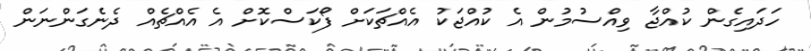
ހަދައިގެން ކުއްޖާ ވިއްސުމުން އެ ކުއްޖަކު އެއްޗަކަށް ފޯކަސްކޮށް އެ އެއްޗެއް ދެނެގަންނަން